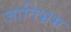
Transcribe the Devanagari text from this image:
जातिभ्रम